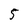
Character: 5